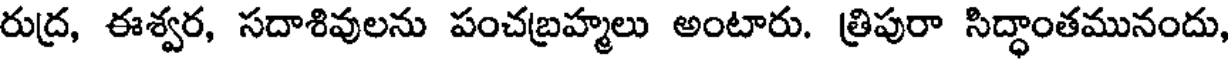
రుద్ర, ఈశ్వర, సదాశివులను పంచబ్రహ్మలు అంటారు. త్రిపురా సిద్ధాంతమునందు,